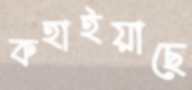
কহাইয়াছে